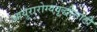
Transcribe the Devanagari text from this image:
आयुरारोग्यवृद्धीसाठी